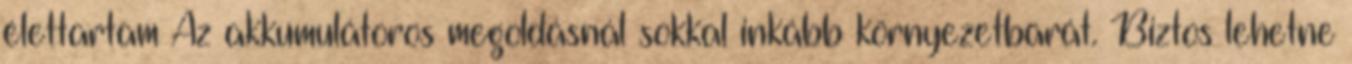
élettartam Az akkumulátoros megoldásnál sokkal inkább környezetbarát. Biztos lehetne